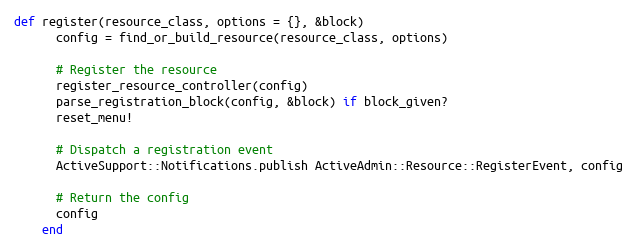
Language: Ruby
def register(resource_class, options = {}, &block)
      config = find_or_build_resource(resource_class, options)

      # Register the resource
      register_resource_controller(config)
      parse_registration_block(config, &block) if block_given?
      reset_menu!

      # Dispatch a registration event
      ActiveSupport::Notifications.publish ActiveAdmin::Resource::RegisterEvent, config

      # Return the config
      config
    end